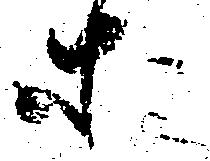
等